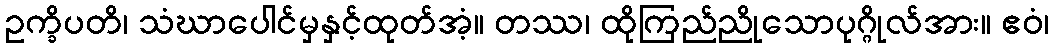
ဥက္ခိပတိ၊ သံဃာပေါင်မှနှင့်ထုတ်အံ့။ တဿ၊ ထိုကြည်ညိုသောပုဂ္ဂိုလ်အား။ ဧဝံ၊